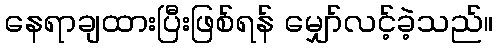
နေရာချထားပြီးဖြစ်ရန် မျှော်လင့်ခဲ့သည်။